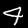
Digit: 4